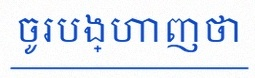
ចូរបង្ហាញថា